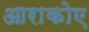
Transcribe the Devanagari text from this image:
आराकोए